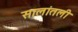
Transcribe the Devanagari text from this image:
सालांतली